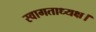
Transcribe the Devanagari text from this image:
स्वागताध्यक्ष।